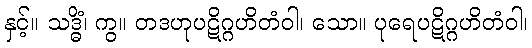
နှင့်။ သဒ္ဓိံ၊ ကွ။ တဒဟုပဋိဂ္ဂဟိတံဝါ၊ သော။ ပုရေပဋိဂ္ဂဟိတံဝါ၊